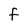
Character: F